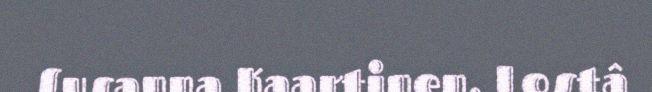
Susanna Kaartinen. Lostâ